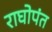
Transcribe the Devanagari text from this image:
राघोपंत